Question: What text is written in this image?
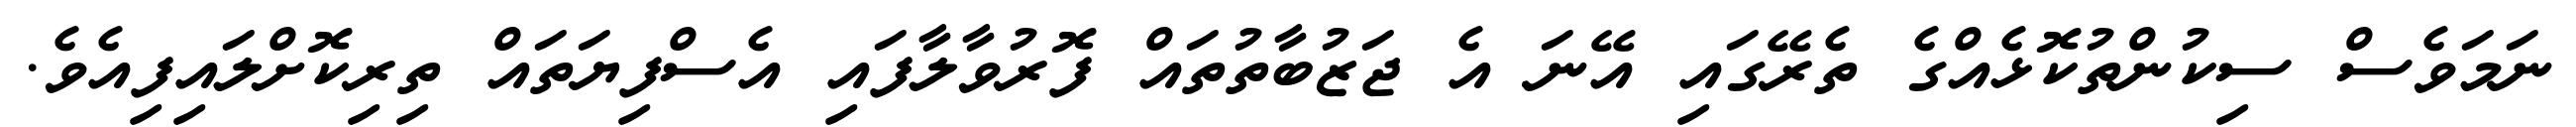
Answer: ނަމަވެސް ސިކުންތުކޮޅެއްގެ ތެރޭގައި އޭނަ އެ ޖަޒުބާތުތައް ފޮރުވާލާފައި އެސްފިޔަތައް ތިރިކޮށްލައިފިއެވެ.